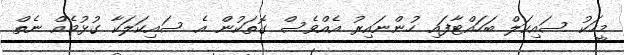
މީހަކު ސައިކަލް ބަހައްޓާފައި ހުންނައިރު އެއްވެސް ގޮތަކުން އެ ސައިކަލަކާ ގުޅުމެއް ނެތް